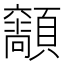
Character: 𩕴